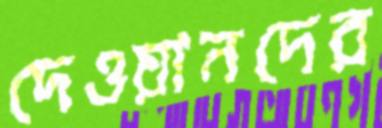
দেওয়ানদের